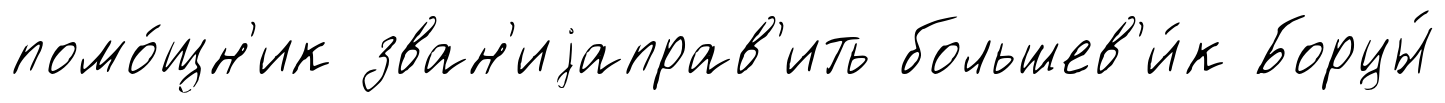
помо́щн'ик зван'иjаправ'ить большев'и́к Борцы́